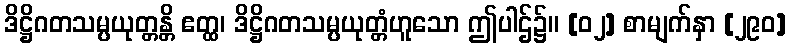
ဒိဋ္ဌိဂတသမ္ပယုတ္တန္တိ ဧတ္ထ၊ ဒိဋ္ဌိဂတသမ္ပယုတ္တံဟူသော ဤပါဌ်၌။ [၀၂] စာမျက်နှာ [၂၉၀]